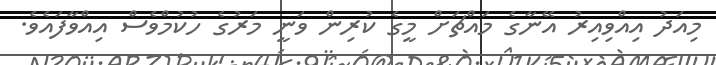
މިއަދު އިއްވިއިރު އޭނާގެ މައްޗަށް މީގެ ކުރިން ވަނީ މަރުގެ ހުކުމްވެސް އިއްވާފައެވެ.